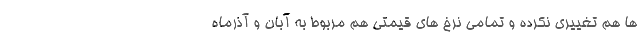
ها هم تغییری نکرده و تمامی نرخ های قیمتی هم مربوط به آبان و آذرماه